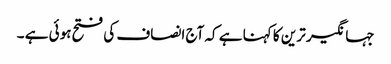
جہانگیر ترین کا کہنا ہے کہ آج انصاف کی فتح ہوئی ہے ۔